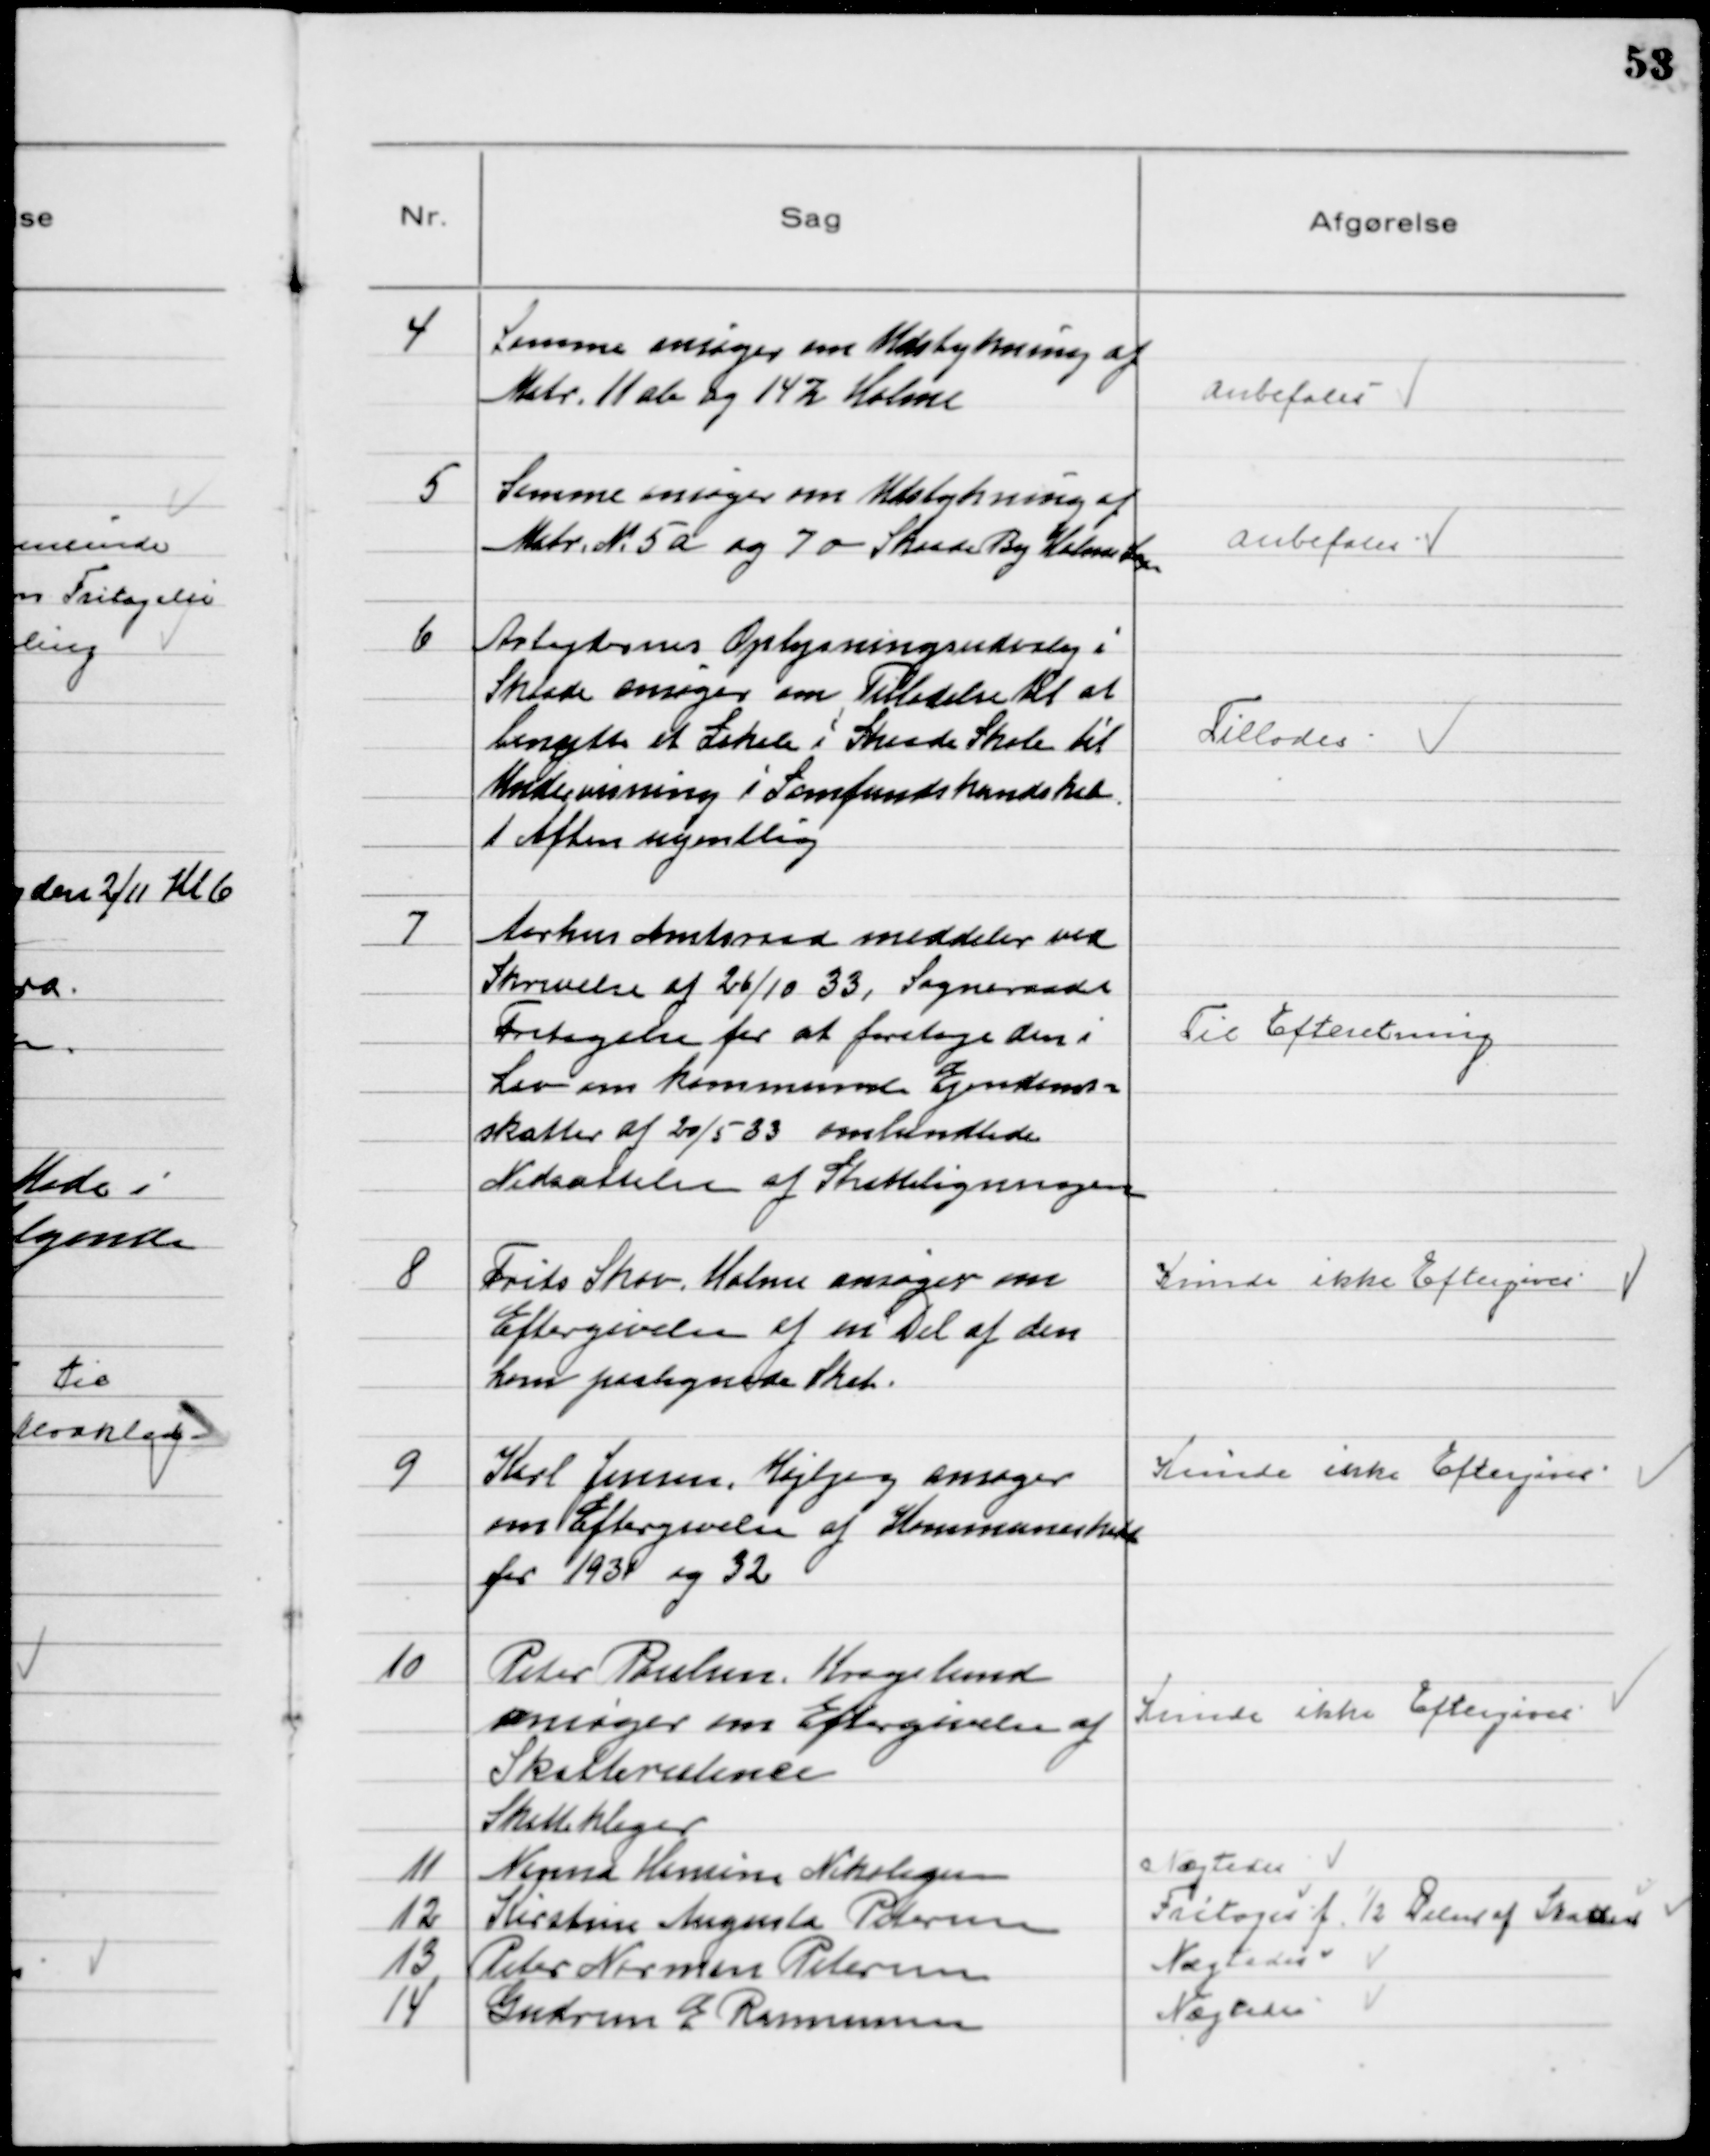
Transskription:
4
Samme ansøger om Udstykning af
Matr. 11 ab og 14 z Holme

Anbefales

5
Samme ansøger om Udstykning af
Matr. № 5 a og 7 o Skaade By Holme Sogn

Anbefales

6
Arbejdernes Oplysningsudvalg i
Skaade ansøger om Tilladelse til at
benytte et Lokale i Skaade Skole til
Undervisning i Samfundskundskab
1 Aften ugentlig

Tillodes

7
Aarhus Amtsraad meddeler ved
Skrivelse af 26/10 33, Sogneraadet
Fritagelse for at foretage den i
Lov om kommunale Ejendoms-
skatter af 20/5 33 omhandlede
Nedsættelse af Skatteligningen

Til Efteretning

8
Frits Skov, Holme ansøger om
Eftergivelse af en Del af den
ham paalignede Skat.

Kunde ikke Eftergives

9
Karl Jensen, Højbjerg ansøger
om Eftergivelse af Kommuneskat
for 1931 og 32

Kunde ikke Eftergives

10
Peter Poulsen, Kragelund
ansøger om Eftergivelse af
Skatterestance

Kunde ikke Eftergives

Skatteklager
11
Ninna Hansine Nikolajsen
12
Kirstine Augusta Pedersen
13
Peter Norman Petersen
14
Gudrun E Rasmussen

Nægtedes
Fritages f. ½ Delen af Skatten
Nægtedes
Nægtedes